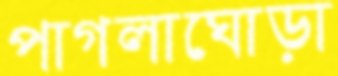
পাগলাঘোড়া